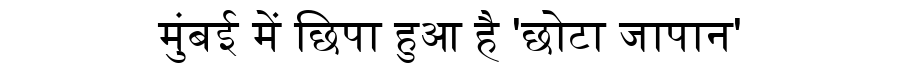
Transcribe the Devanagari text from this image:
मुंबई में छिपा हुआ है 'छोटा जापान'